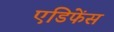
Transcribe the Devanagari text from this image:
एडिफेंस